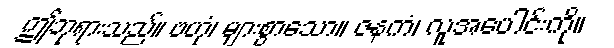
ဤဘုရားသည်။ ဗဟုံ၊ များစွာသော။ ဇနကံ၊ လူအပေါင်းကို။